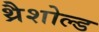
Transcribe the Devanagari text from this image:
थ्रैशोल्ड